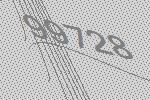
99728